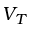
V _ { T }